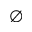
\emptyset